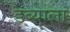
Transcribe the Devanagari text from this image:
डब्याला